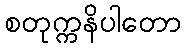
စတုက္ကနိပါတော